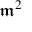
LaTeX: { \mathfrak { m } } ^ { 2 }